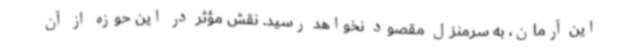
این آرمان، به سرمنزل مقصود نخواهد رسید. نقش مؤثر در این حوزه از آن‌